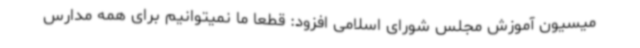
میسیون آموزش مجلس شورای اسلامی افزود: قطعا ما نمیتوانیم برای همه مدارس